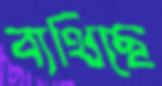
ব্যথিছে